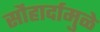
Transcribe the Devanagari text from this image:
सौहार्दामुळे